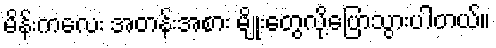
မိန်းကလေး အတန်းအစား မျိုးတွေလို့ပြောသွားပါတယ်။